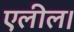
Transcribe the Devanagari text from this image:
एलील।